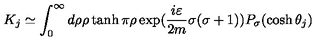
K _ { j } \simeq \int _ { 0 } ^ { \infty } d \rho \rho \tanh \pi \rho \exp ( \frac { i \varepsilon } { 2 m } \sigma ( \sigma + 1 ) ) P _ { \sigma } ( \cosh \theta _ { j } )